Trukikaitis_Postimees, lk 40
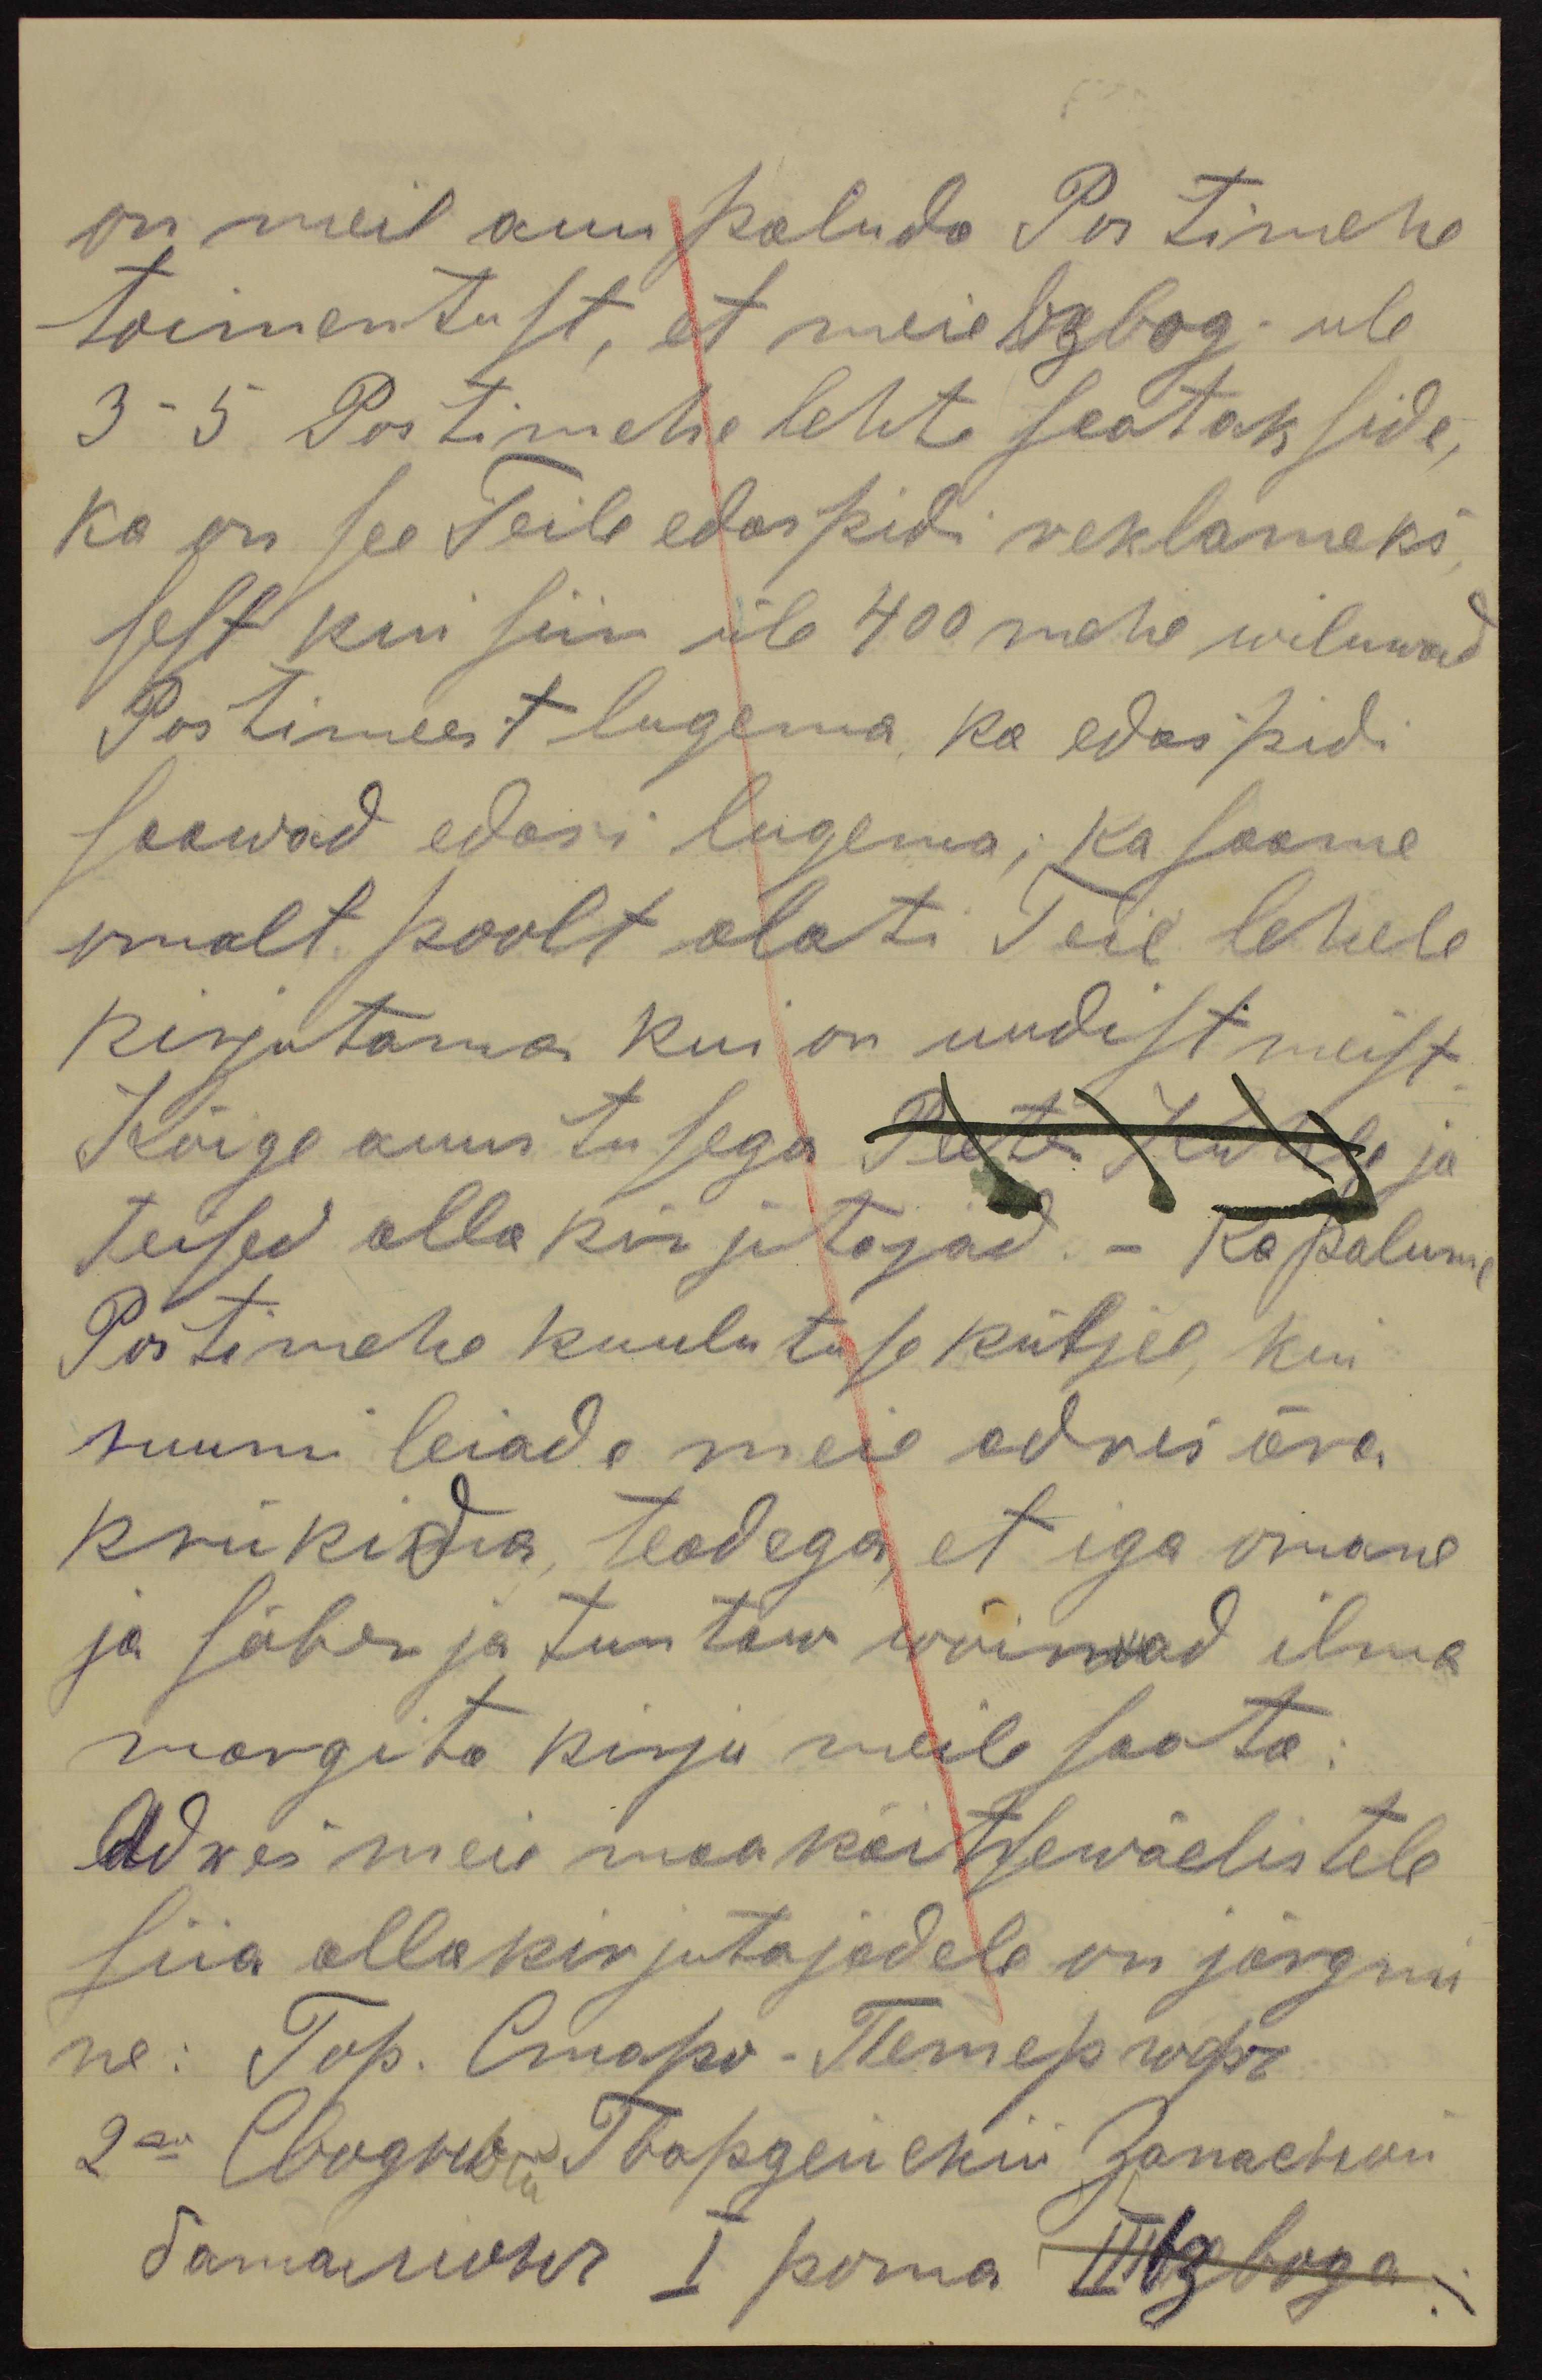
on meil auu paluda Postimehe
toimentust, et meie vabagi üle
3-5 Postimehe lehte seatakside,
Ka on see Teile edaspidi reklameks
sest kui siin üle 400 mehe wiluwad
Postimeest lugema ka edas pidi
saawad edasi lugema; ka soome
omalt poolt alati Teie lehele
kirjutama kui on uudist meist
Kõige auus tusega Peeter kelle ja
teised alla kirjutajad. Ka palume
Postimehe kuulutuse küljel, kui
ruumi leiade meie adres ära
krükida teadega et iga omane
ja sõber ja tuntaw wõiwad ilma
margita kirju meile saata.
Adres meie maakaitsewäelistele
siia allakirjutajadele on järgmi
ne: Гор. Старо-Remep w.p.